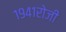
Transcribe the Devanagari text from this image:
१९४१रोजी